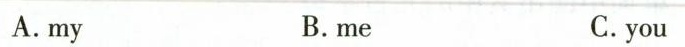
A.my B.me C.you